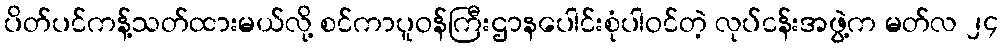
ပိတ်ပင်ကန့်သတ်ထားမယ်လို့ စင်ကာပူဝန်ကြီးဌာနပေါင်းစုံပါဝင်တဲ့ လုပ်ငန်းအဖွဲ့က မတ်လ ၂၄